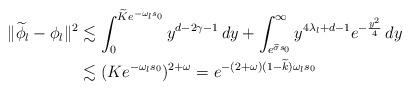
LaTeX: \begin{align*} \lVert \widetilde\phi_{l}-\phi_{l}\lVert^{2}&\lesssim \int_{0}^{\widetilde Ke^{-\omega_{l} s_{0}}}y^{d-2\gamma-1}\,dy+\int_{e^{\widetilde\sigma s_{0}}}^{\infty}y^{4\lambda_{l}+d-1}e^{-\frac{y^{2}}{4}}\,dy\\ &\lesssim (Ke^{-\omega_{l} s_{0}})^{2+\omega}=e^{-(2+\omega)(1-\widetilde k)\omega_{l} s_{0}} \end{align*}